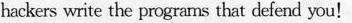
hackers write the programs that defend you!